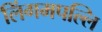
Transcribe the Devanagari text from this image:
लिंगमपल्लि